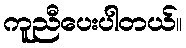
ကူညီပေးပါတယ်။